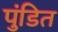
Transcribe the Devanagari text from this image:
पुंडित